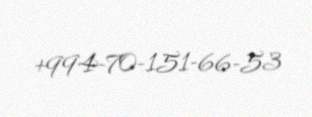
+994-70-151-66-53